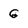
Character: G